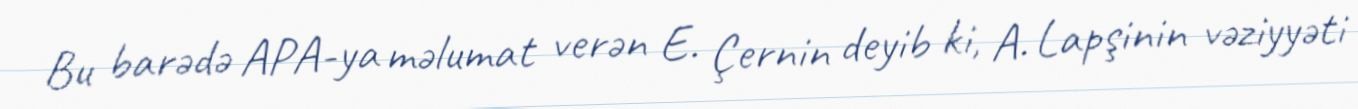
Bu barədə APA-ya məlumat verən E. Çernin deyib ki, A. Lapşinin vəziyyəti